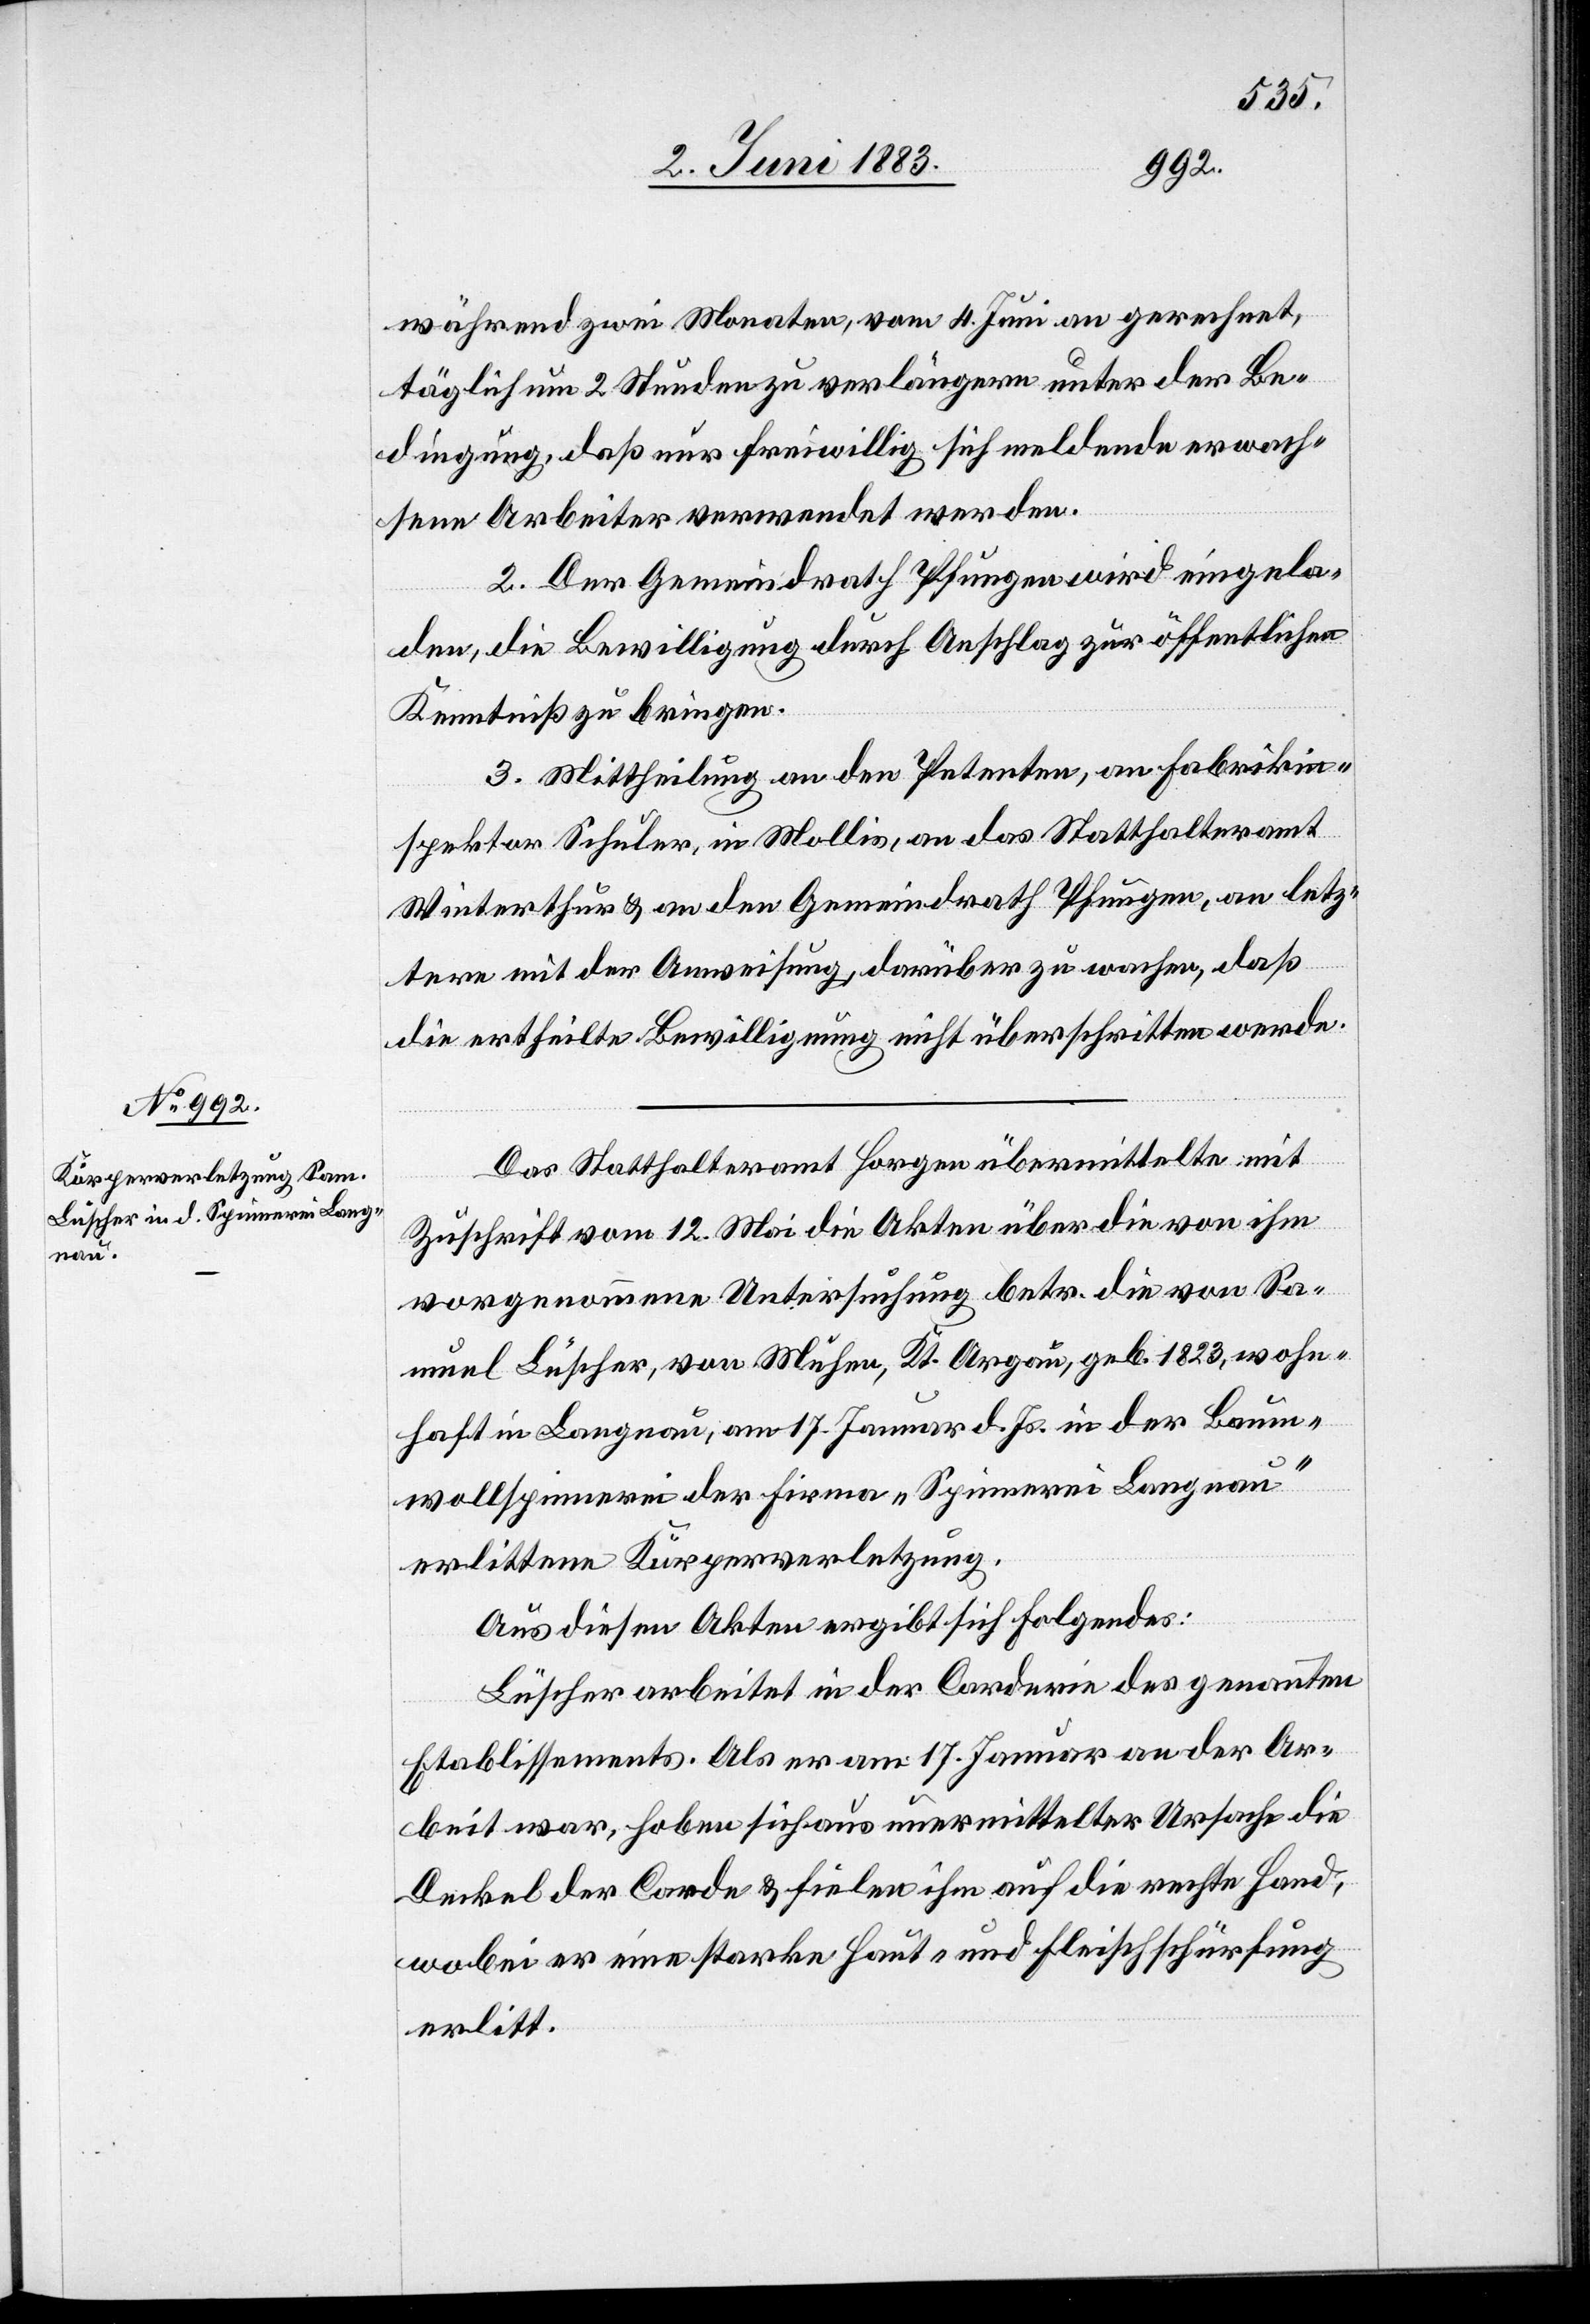
während zwei Monaten, vom 4. Juni an gerechnet,
täglich um 2 Stunden zu verlängern unter der Be¬
dingung, daß nur freiwillig sich meldende erwach¬
sene Arbeiter verwendet werden.
2. Der Gemeindrath Pfungen wird eingela¬
den, die Bewilligung durch Anschlag zur öffentlichen
Kenntniß zu bringen.
3. Mittheilung an den Petenten, an Fabrikin¬
spektor Schuler, in Mollis an das Statthalteramt
Winterthur & an den Gemeindrath Pfungen, an letz¬
tere mit der Anweisung, darüber zu wachen, daß
die ertheilte Bewilligung nicht überschritten werde.
Das Statthalteramt Horgen übermittelte mit
Zuschrift vom 12. Mai die Akten über die von ihm
vorgenommene Untersuchung betr. die von Sa¬
muel Lüscher, von Muhen, Kt. Aargau, geb. 1823, wohn¬
haft in Langnau, am 17. Januar d. Js. in der Baum¬
wollspinnerei der Firma „Spinnerei Langnau“
erlittene Körperverletzung.
Aus diesen Akten ergibt sich folgendes:
Lüscher arbeitet in der Corderie des genannten
Etablissements. Als er am 17. Januar an der Ar¬
beit war, hoben sich aus unvermittelter Ursache die
Deckel der Corde & fielen ihm auf die rechte Hand,
wobei er eine starke Haut- und Fleischschürfung
erlitt.